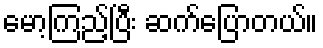
မော့ကြည့်ပြီး ဆက်ပြောတယ်။